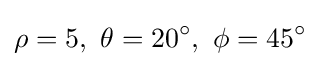
\rho =5,\ \theta =20^{\circ },\ \phi =45^{\circ }